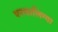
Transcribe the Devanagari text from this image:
पनचालिग्गा